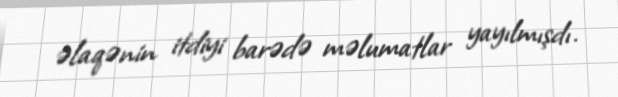
əlaqənin itdiyi barədə məlumatlar yayılmışdı.